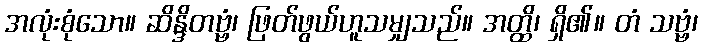
အလုံးစုံသော။ ဆိန္ဒိတဗ္ဗံ၊ ဖြတ်ဖွယ်ဟူသမျှသည်။ အတ္ထိ၊ ရှိ၏။ တံ သဗ္ဗံ၊